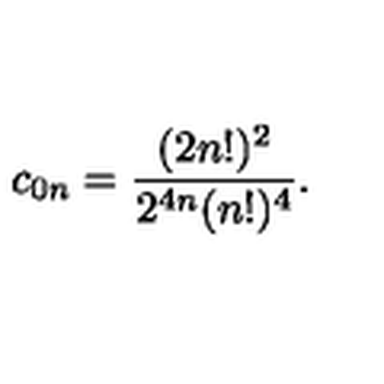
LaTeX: c _ { 0 n } = { \frac { ( 2 n ! ) ^ { 2 } } { 2 ^ { 4 n } ( n ! ) ^ { 4 } } } .